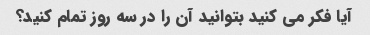
آیا فکر می کنید بتوانید آن را در سه روز تمام کنید؟